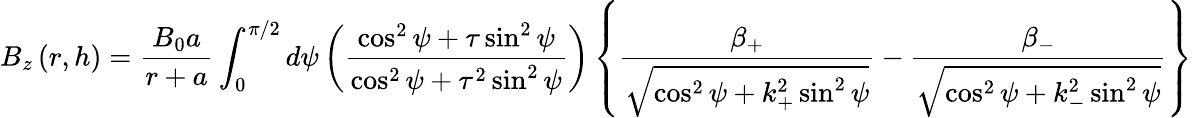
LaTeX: B_{z}\left(r,h\right)=\frac{B_{0}a}{r+a}\int_{0}^{\pi/2}d\psi\left(\frac{\cos^{2}\psi+\tau\sin^{2}\psi}{\cos^{2}\psi+\tau^{2}\sin^{2}\psi}\right)\left\{ \frac{\beta_{+}}{\sqrt{\cos^{2}\psi+k_{+}^{2}\sin^{2}\psi}}-\frac{\beta_{-}}{\sqrt{\cos^{2}\psi+k_{-}^{2}\sin^{2}\psi}}\right\}